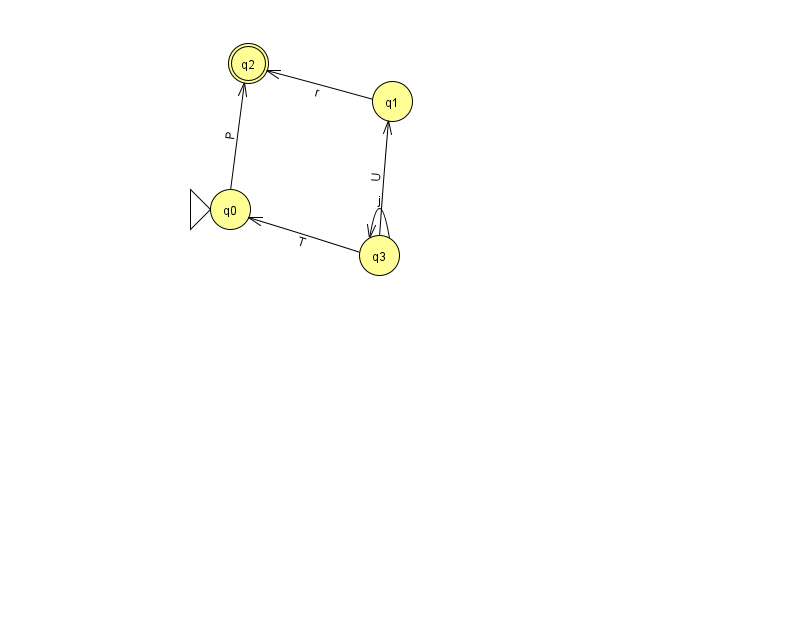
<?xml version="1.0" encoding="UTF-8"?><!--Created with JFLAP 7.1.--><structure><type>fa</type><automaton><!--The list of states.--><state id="0" name="q0"><x>230.0</x><y>196.0</y><initial/></state><state id="1" name="q1"><x>392.0</x><y>88.0</y></state><state id="2" name="q2"><x>248.0</x><y>50.0</y><final/></state><state id="3" name="q3"><x>379.0</x><y>242.0</y></state><!--The list of transitions.--><transition><from>1</from><to>2</to><read>r</read></transition><transition><from>3</from><to>1</to><read>U</read></transition><transition><from>3</from><to>0</to><read>T</read></transition><transition><from>3</from><to>3</to><read>j</read></transition><transition><from>0</from><to>2</to><read>P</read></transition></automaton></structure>